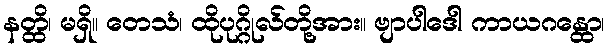
နတ္ထိ၊ မရှိ။ တေသံ၊ ထိုပုဂ္ဂိုလ်တို့အား။ ဗျာပါဒေါ ကာယဂန္ထော၊